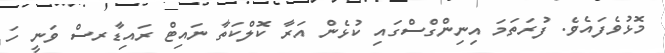
މޮޅުވެފައެވެ. ފުރަތަމަ އިނިންގްސްގައި ކުޅެން އަރާ ކޮލްކަތާ ނައިޓް ރައިޑާރސް ވަނީ ހަ